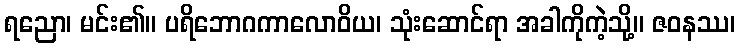
ရညော၊ မင်း၏။ ပရိဘောဂကာလောဝိယ၊ သုံးဆောင်ရာ အခါကိုကဲ့သို့။ ဇဝနဿ၊